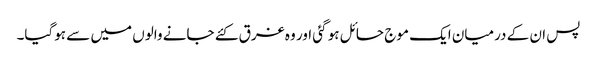
پس ان کے درمیان ایک موج حائل ہو گئی اور وہ غرق کئے جانے والوں میں سے ہوگیا۔